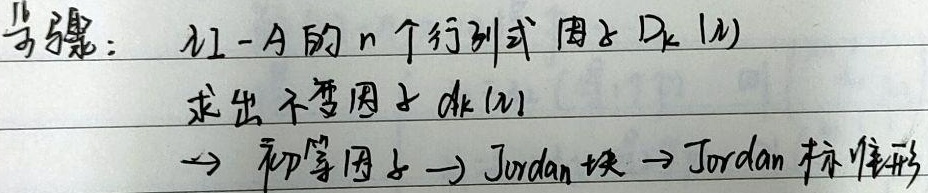
步骤：求出\(\lambda I - A\)的\(n\)个行列式因子\(D_{k}(\lambda)\)，进而得到不变因子\(d_{k}(\lambda)\)，然后得到初等因子，再得到Jordan块，最后得到Jordan标准形。